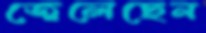
জ্বেলেছেন